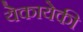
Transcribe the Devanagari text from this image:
येकायेकी